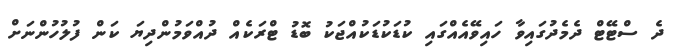
ދެ ސްޓޭޓް ދެމެދުގައިވާ ހައިވޭއެއްގައި ކުޑަކުޑަކުއްޖަކު ބޮޑު ޓްރަކެއް ދުއްވަމުންދިޔަ ކަން ފުލުހުންނަށް